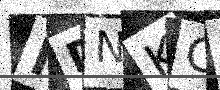
Text: NDNKGP